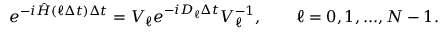
e ^ { - i \hat { H } ( \ell \Delta t ) \Delta t } = V _ { \ell } e ^ { - i D _ { \ell } \Delta t } V _ { \ell } ^ { - 1 } , \qquad \ell = 0 , 1 , . . . , N - 1 .